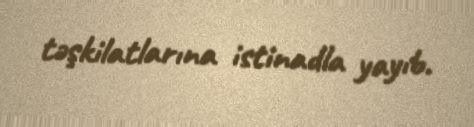
təşkilatlarına istinadla yayıb.